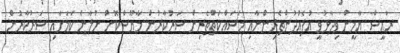
ރައީސް ޔާމީން ވިދާޅުވީ އުފެއްދުންތެރިންނާއި މަސައްކަތްތެރިން ސަރުކާރުން މާޔޫސްކޮށް ނުލާނެ ކަމަަަށާއި ސަރުކާރުން